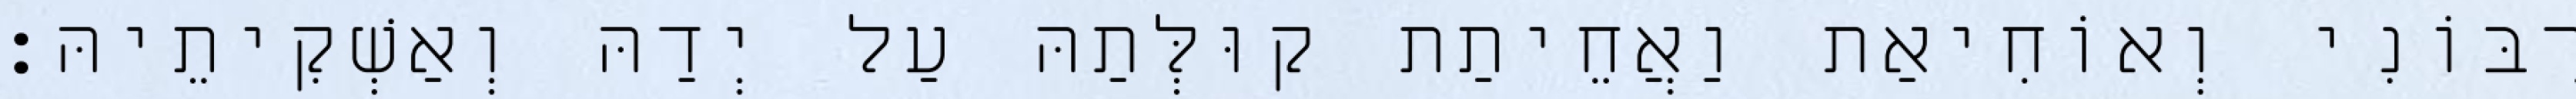
רִבּוֹנִי וְאוֹחִיאַת וַאֲחֵיתַת קוּלְּתַהּ עַל יְדַהּ וְאַשְׁקִיתֵיהּ׃